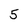
Character: 5